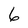
Character: 6